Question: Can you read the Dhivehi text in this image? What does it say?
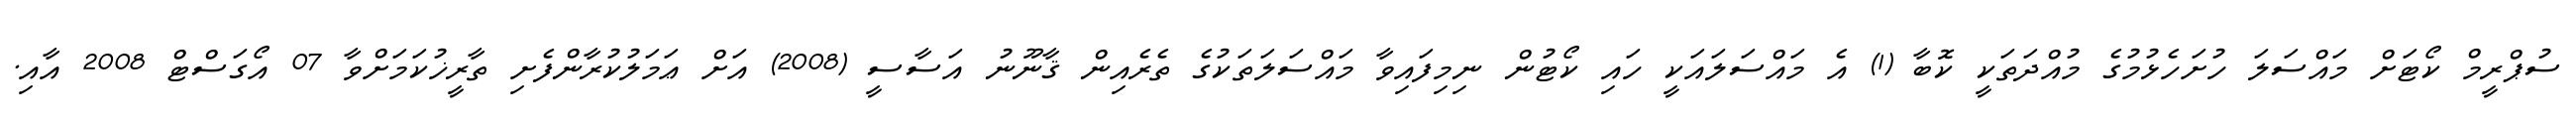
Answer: ސުޕްރީމް ކޯޓަށް މައްސަލަ ހުށަހެޅުމުގެ މުއްދަތަކީ ކޮބާ (1) އެ މައްސަލައަކީ ހައި ކޯޓުން ނިމިފައިވާ މައްސަލަތަކުގެ ތެރެއިން ޤާނޫނު އަސާސީ (2008) އަށް ޢަމަލުކުރާންފެށި ތާރީޚުކަމަށްވާ 07 އޯގަސްޓް 2008 އާއި.